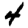
Digit: 4